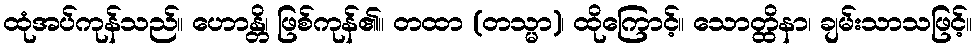
ထုံအပ်ကုန်သည်။ ဟောန္တိ၊ ဖြစ်ကုန်၏။ တထာ (တသ္မာ)၊ ထိုကြောင့်။ သောတ္ထိနာ၊ ချမ်းသာသဖြင့်။